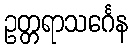
ဥတ္တရာသင်္ဂေန